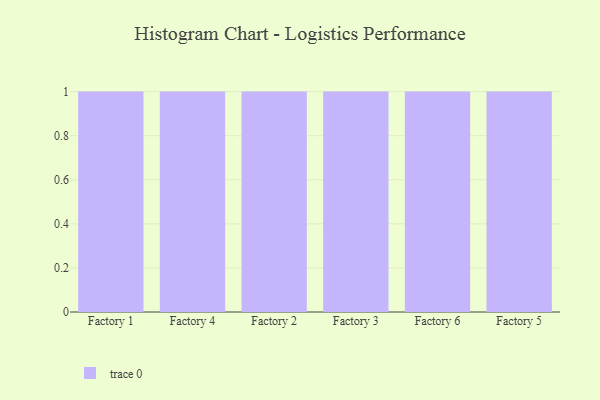
{"axis": {"x": "Factory", "y": "Energy Usage (MWh)"}, "legend": [""], "data": [{"x": "Factory 1", "y": 39, "type": ""}, {"x": "Factory 4", "y": 33, "type": ""}, {"x": "Factory 2", "y": 68, "type": ""}, {"x": "Factory 3", "y": 10, "type": ""}, {"x": "Factory 6", "y": 2, "type": ""}, {"x": "Factory 5", "y": 45, "type": ""}]}